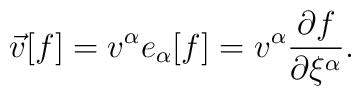
\vec{v}[f] = v^{\alpha}e_{\alpha}[f]=v^{\alpha}\frac{\partial f}{\partial \xi^{\alpha}}.